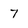
Character: 7